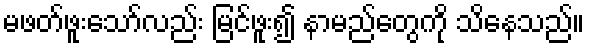
မဖတ်ဖူးသော်လည်း မြင်ဖူး၍ နာမည်တွေကို သိနေသည်။